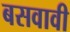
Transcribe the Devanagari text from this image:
बसवावी